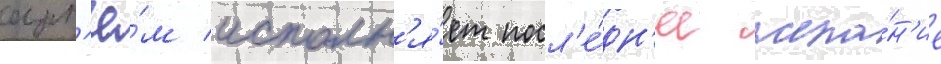
арт'ё́м исполн'я́ет посл'е́дн'ее жела́н'ие